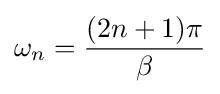
\omega _{n}={\frac {(2n+1)\pi }{\beta }}